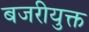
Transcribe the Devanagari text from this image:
बजरीयुक्त